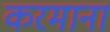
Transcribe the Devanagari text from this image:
करमाना